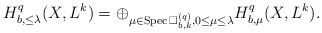
\begin{align*}H^q_{b,\leq\lambda}(X,L^k)=\oplus_{\mu\in{\rm Spec\,}\Box^{(q)}_{b,k}, 0\leq\mu\leq\lambda}H^q_{b,\mu}(X,L^k). \end{align*}